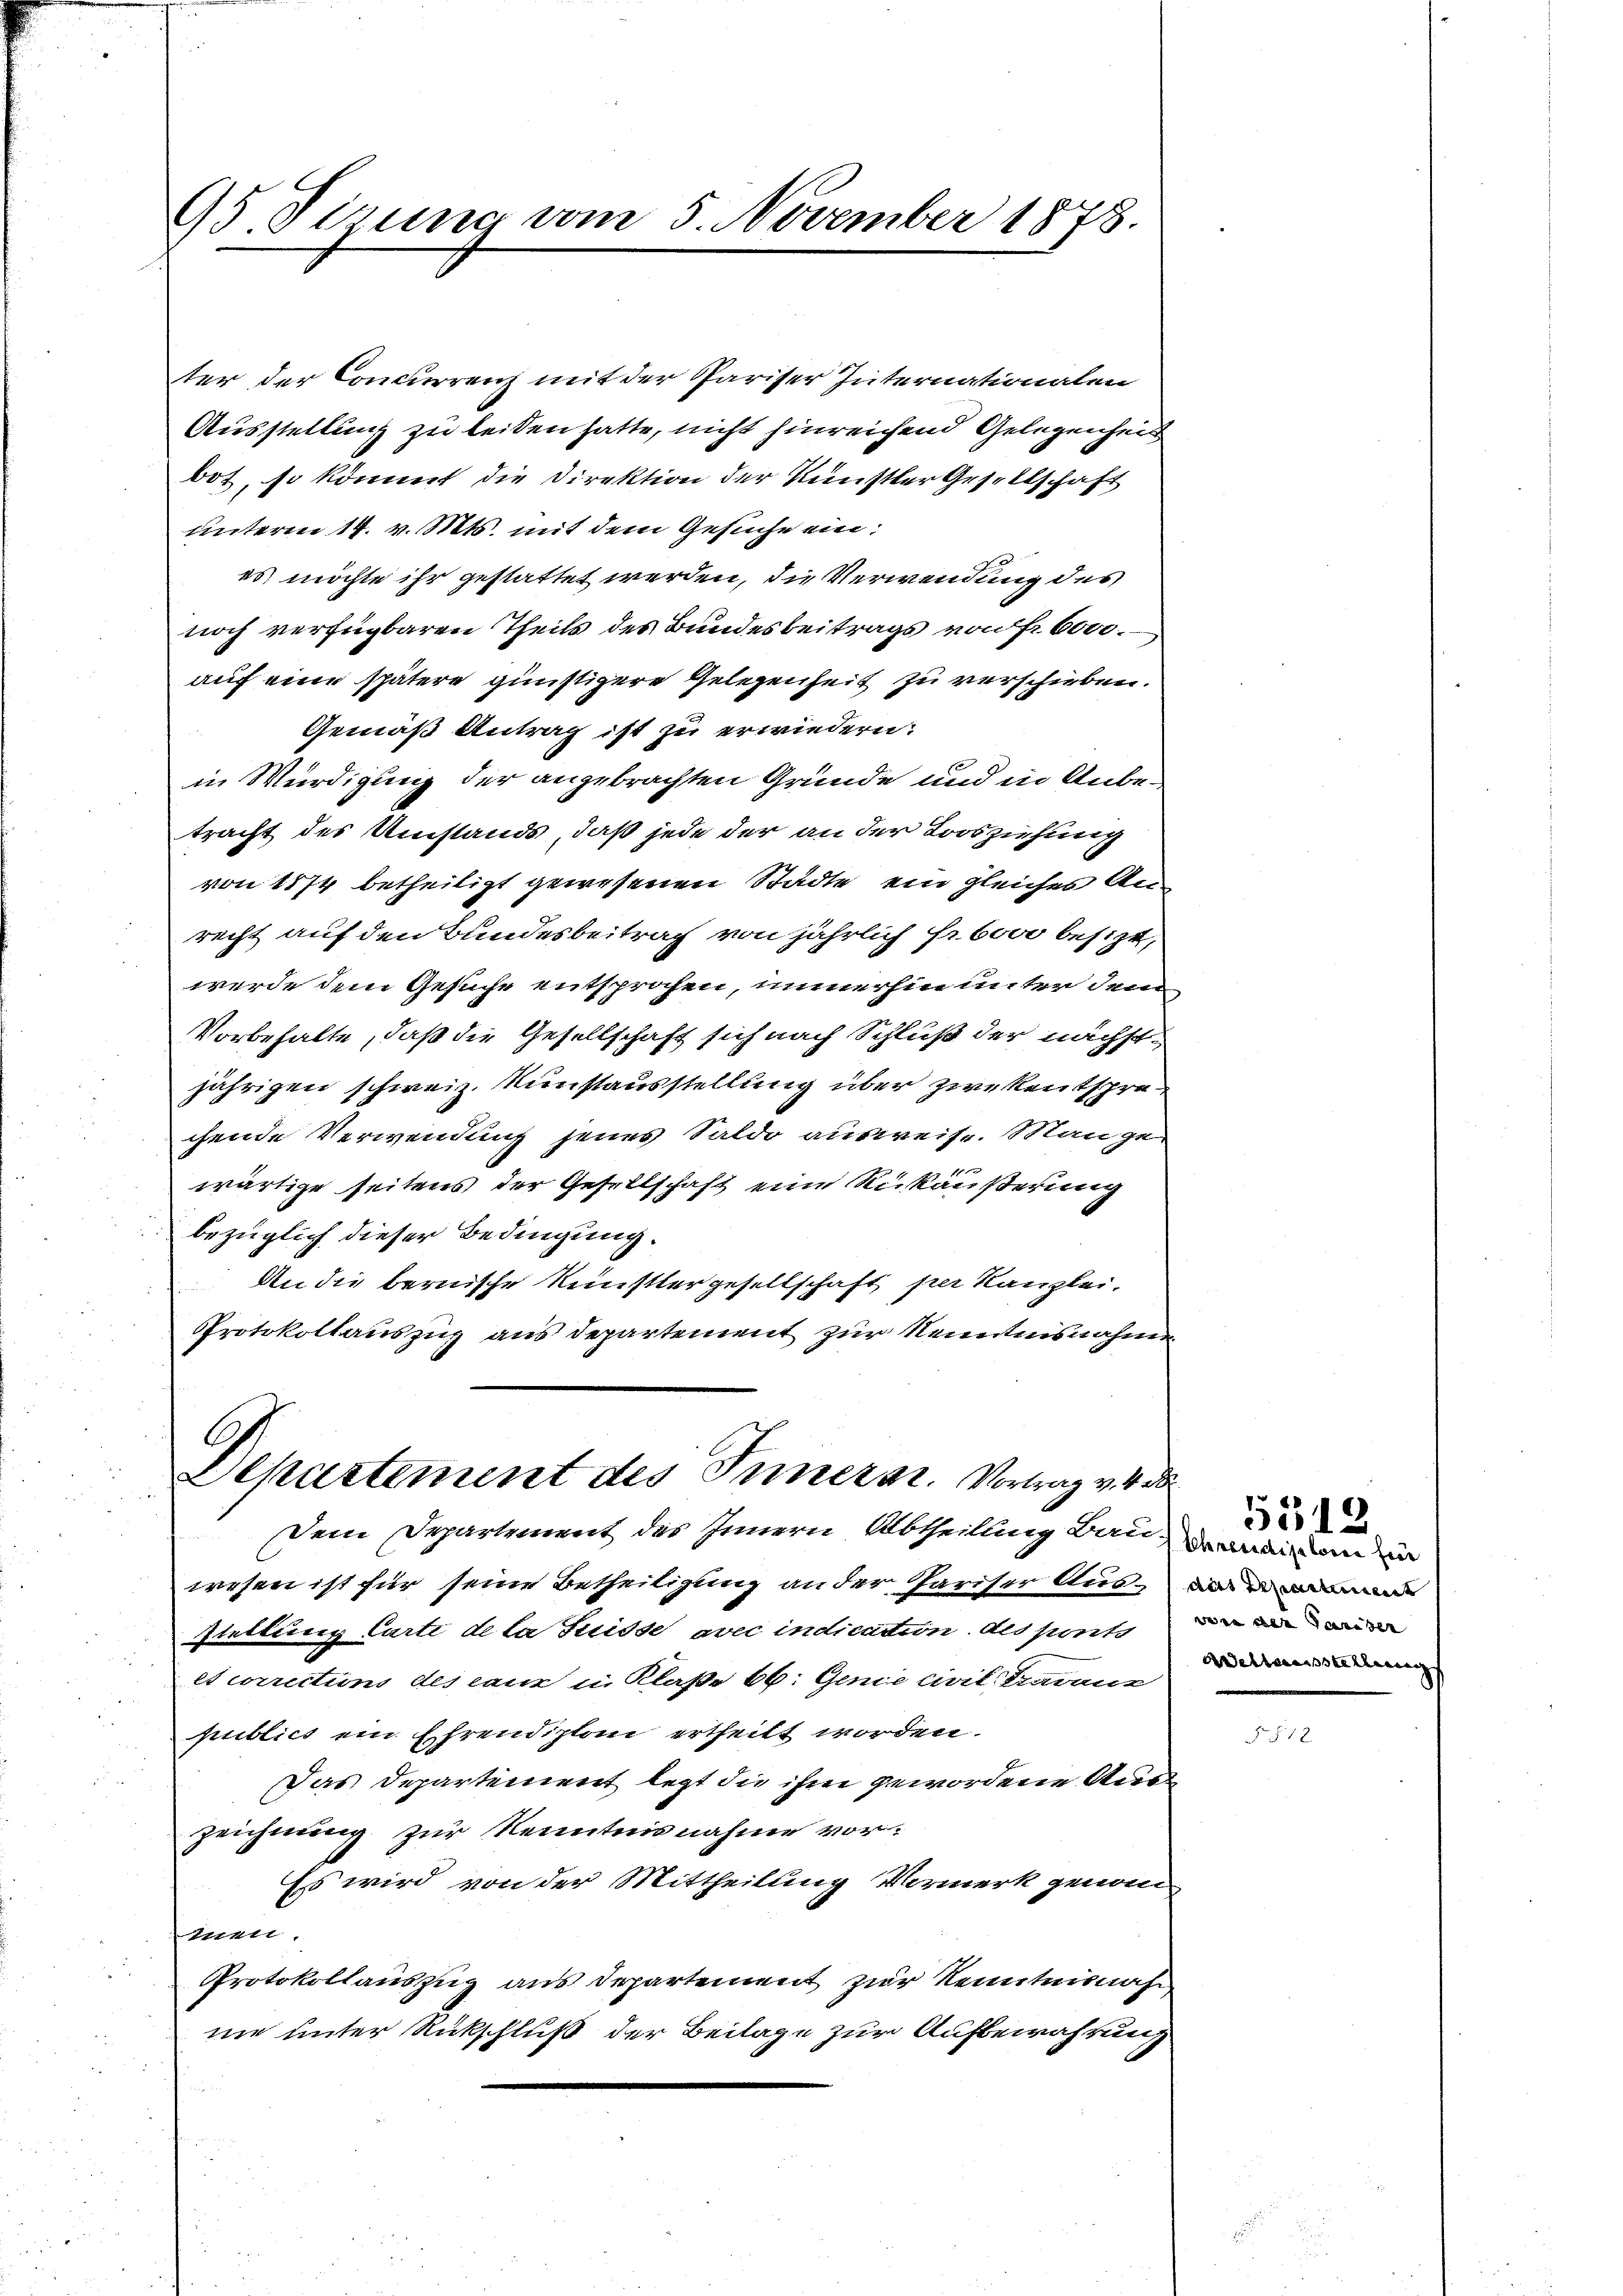
95 dirung vom 5. November 1878.

ter der Concurrenz mit der Pariser Internationalen
Ausstellung zu leiten hatte, nicht hinreichend Gelegenheit
bot, so kömmt die Direktion der Künstler Gesellschaft
unterm 14. v. Mts. mit dem Gesuche ein:
es möchte ihr gestattet werden, die Verwendung des
noch verfügbaren Theils des Bundesbeitrags von Fr. 6000.
auf eine spätere günstigere Gelegenheit zu verschieben.
Gemäß Antrag ist zu erwiedern:
in Würdigung der angebrachten Gründe und in Anbetracht des Umstands, daß jede der an der Loosziehung
von 1874 betheiligt gewesenen Städte ein gleiches Anrecht auf den Bundesbeitrag von jährlich fr. 600 besizt,
werde dem Gesuche entsprochen, immerhin unter dem
Vorbehalte, daß die Gesellschaft sich nach Schluß der nächstjährigen schweiz. Kunstausstellung über zwekentsprechende Verwendung jenes Saldo ausweise. Mange-
wärtige seitens der Gesellschaft eine Rükäußerung
bezüglich dieser Bedingung.
An die bernische Künstlergesellschaft per Kanzlei.
Protokollauszug aus Departement zur Kenntnisnahme

Departement des Innerst. Vortrag v. 4. d
dein Departement des Innern Abtheilung Bauma an ein

wesen ist für seine Betheiligung an der Pariser Aus- und end
stellung Carte de la Suisse avec indication des porte
es corrections des cane in Klaße 66. Genie civit Garanz
publics ein Ehrendiplon ertheilt worden.
Das Departement legt die ihm gewordene Aner
zeichnung zur Kenntnisnahme vor¬
Es wird von der Mittheilung Vormerk genom
tte.
Protokollauszug aus Departement zur Kenntnisnahm
mie unter Rückschluß der Beilage zur Aufbewahrung

Aeltausstellung

5512.